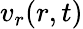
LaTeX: v_{r}(r,t)